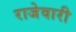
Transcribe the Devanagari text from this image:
राजेवारी